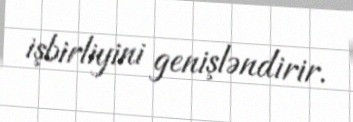
işbirliyini genişləndirir.